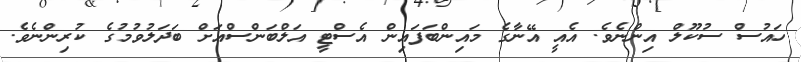
ހައުސް ސުކޫލް އިންނެވެ. އެއީ އޭނާގެ މައިންބަފައިން އެސްޓީ އަލްބަންސްއަށް ބަދަލުވުމުގެ ކުރިންނެވެ.